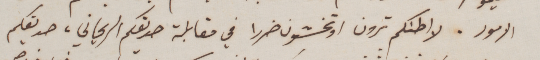
الامور. لا اطنكم ترون اوتخشون ضررا في مقابلة صديقكم الريحاني، صديقكم